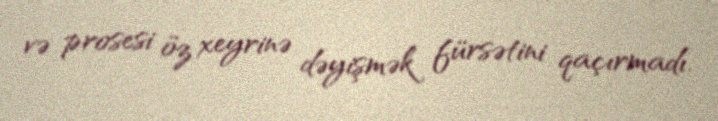
və prosesi öz xeyrinə dəyişmək fürsətini qaçırmadı.